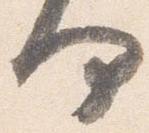
何